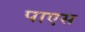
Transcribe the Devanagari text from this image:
पाएस